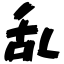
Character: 乱